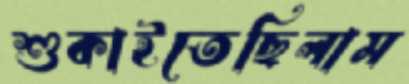
শুকাইতেছিলাম